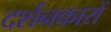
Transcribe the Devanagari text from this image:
दर्शनकारों